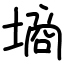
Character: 墒